Eesti_Vabariigi_Tartu_Ulikool, lk 34
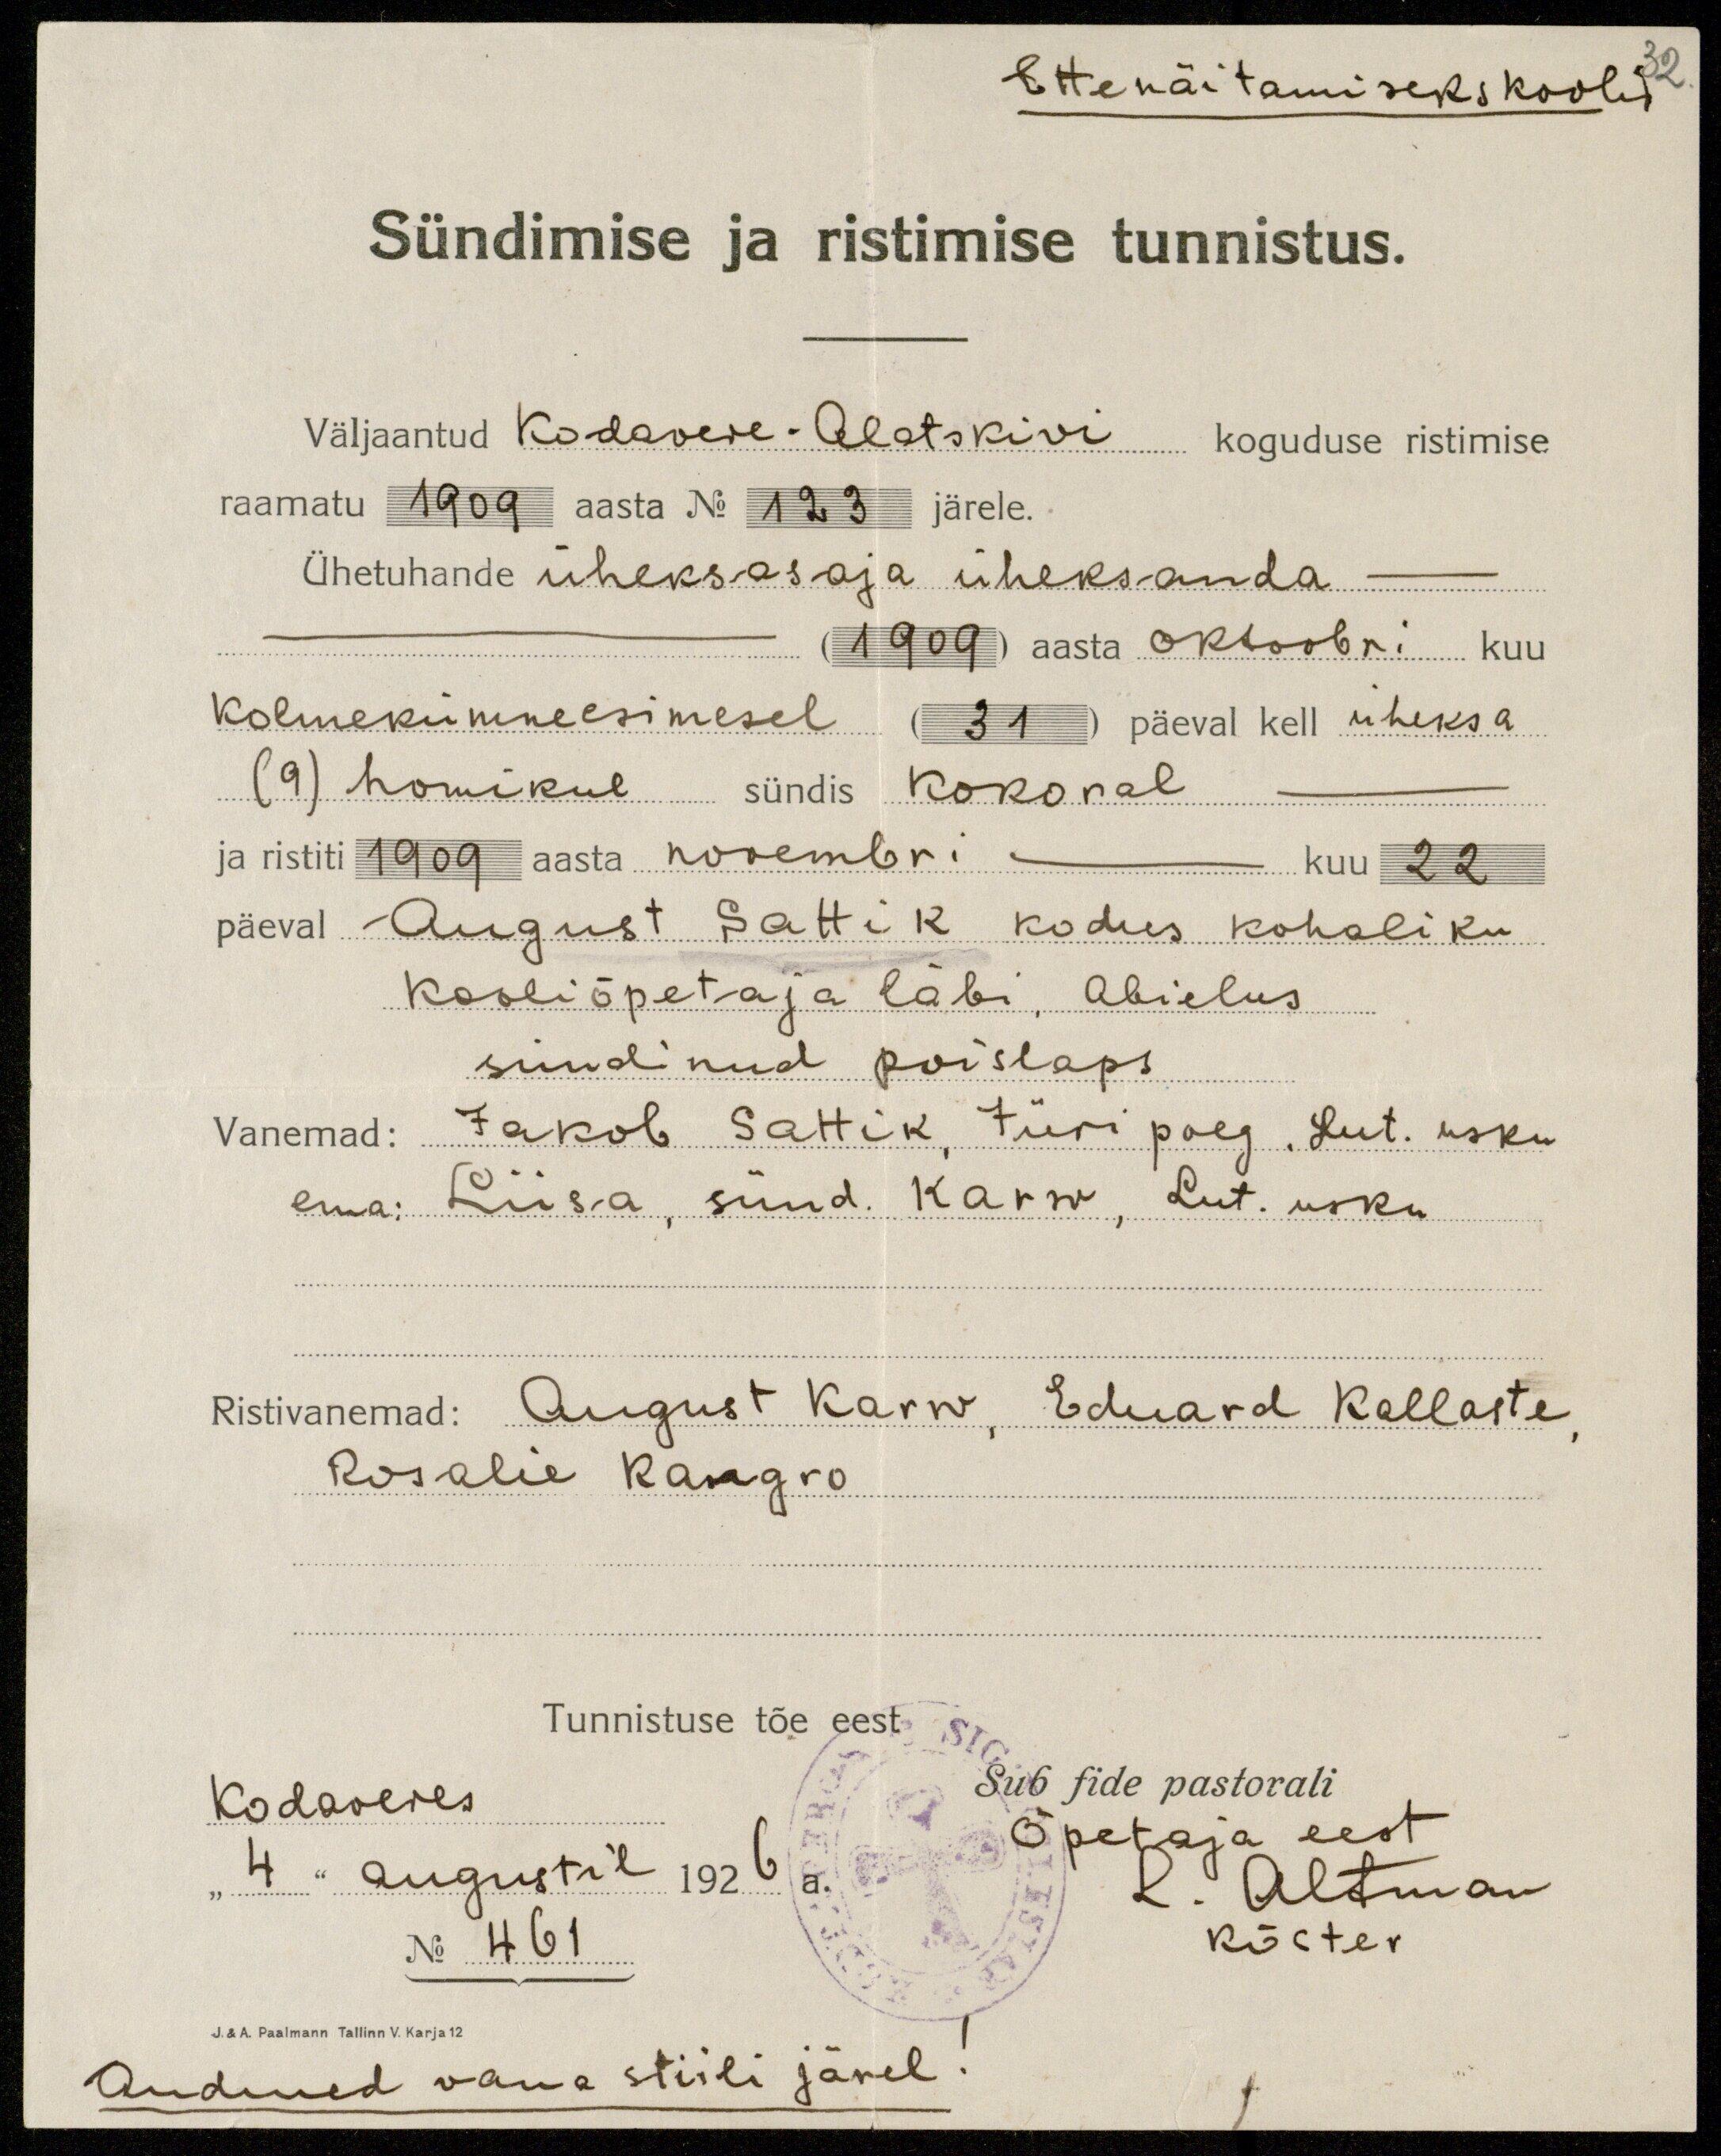
32
Ettenäitamiseks koolis
Siindimise ja ristimise tunnistus.
Väljaantud Kodavere-Alatskivi koguduse ristimise
raamatu 1909 aasta No 123 järele.
Ühetuhande üheksasaja üleksanda
(1909) aasta Oktoobri kuu
Kolmekümne esimesel (31) päeval kell üheksa
(9) homikul sündis Kokoral
ja ristiti 1909 aasta novembri kuu 22
päeval August Sattik kodus kohaliku
Kooliõpetaja läbi, abielus
sündinud poislaps
Vanemad: Jakob Sattik, Jüri poeg. Lut. usku
ema: Liisa, sünd. Karro, Lut. usku.
Ristivanemad: August Karro, Eduard Kellaste,
Rosalie Kangro
Tunnistuse tõe eest
Kodaveres
"4" Augustil 1926
No 461
Sub fide pastorali
Õpetaja eest
L. Altman
kõster
J. & A. Paalmann Tallinn V. Karja 12
Andmed vana stiili järel!